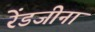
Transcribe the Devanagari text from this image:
रेंडजीना